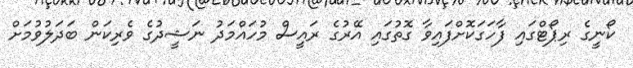
ކޯނީގެ ރިޕޯޓްގައި ފާހަގަކޮށްފައިވާ ގޮތުގައި އޭރުގެ ރައީސް މުހައްމަދު ނަޝީދުގެ ވެރިކަން ބަދަލުވުމަށް